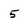
Character: 5